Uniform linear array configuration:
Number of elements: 24
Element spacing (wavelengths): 0.75
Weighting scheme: blackman
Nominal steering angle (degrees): -60
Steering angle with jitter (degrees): -58.102
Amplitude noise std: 0.05
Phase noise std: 0.05

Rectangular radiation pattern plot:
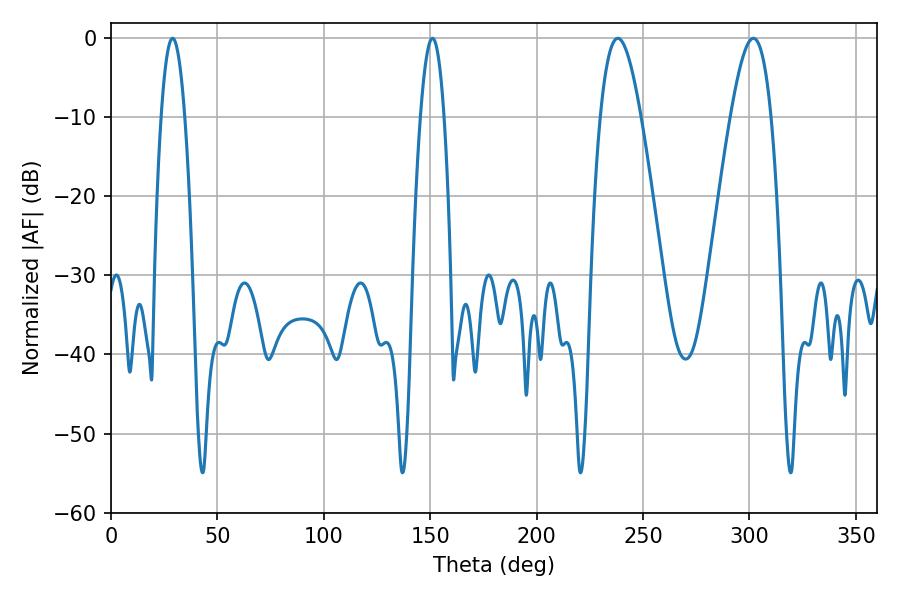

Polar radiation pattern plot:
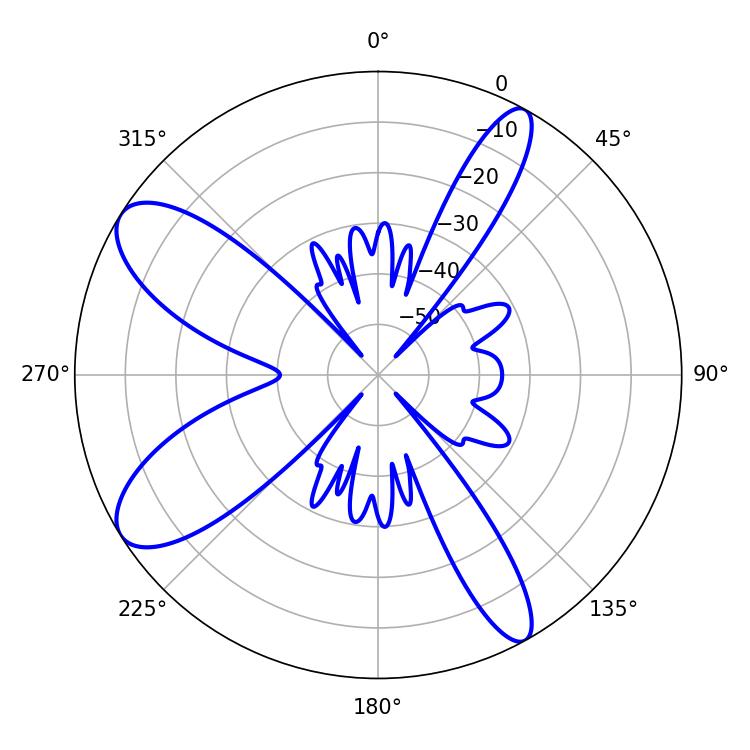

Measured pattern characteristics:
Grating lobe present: TRUE
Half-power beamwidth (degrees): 10.26
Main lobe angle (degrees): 238.14